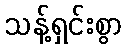
သန့်ရှင်းစွာ